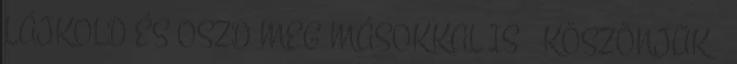
LÁJKOLD ÉS OSZD MEG MÁSOKKAL IS ▼ KÖSZÖNJÜK ❤